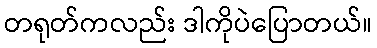
တရုတ်ကလည်း ဒါကိုပဲပြောတယ်။